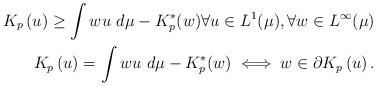
LaTeX: \begin{align*}K_{p}\left( u\right) \geq \int wu\ d\mu - K_p^*(w) \forall u \in L^1 (\mu ), \forall w \in L^{\infty }(\mu ) \\K_{p}\left( u\right) = \int wu\ d\mu - K_p^*(w) \iff w \in \partial K_{p}\left( u\right). \end{align*}